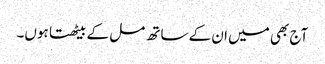
آج بھی میں ان کے ساتھ مل کے بیٹھتا ہوں۔